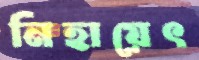
নিহায়েৎ